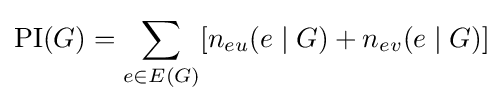
\operatorname {PI} (G)=\sum _{e\in E(G)}[n_{eu}(e\mid G)+n_{ev}(e\mid G)]